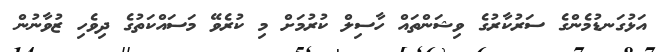
އަޅުގަނޑުމެންގެ ސަރުކާރުގެ ވިޝަންތައް ހާސިލް ކުރުމަށް މި ކުރެވޭ މަސައްކަތުގެ ދިވެހި ޒުވާނުން